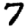
Digit: 7